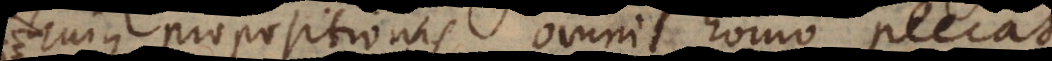
hujus propositionis omnis homo peccat,